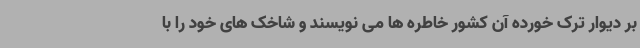
بر دیوار ترک خورده آن کشور خاطره ها می نویسند و شاخک های خود را با